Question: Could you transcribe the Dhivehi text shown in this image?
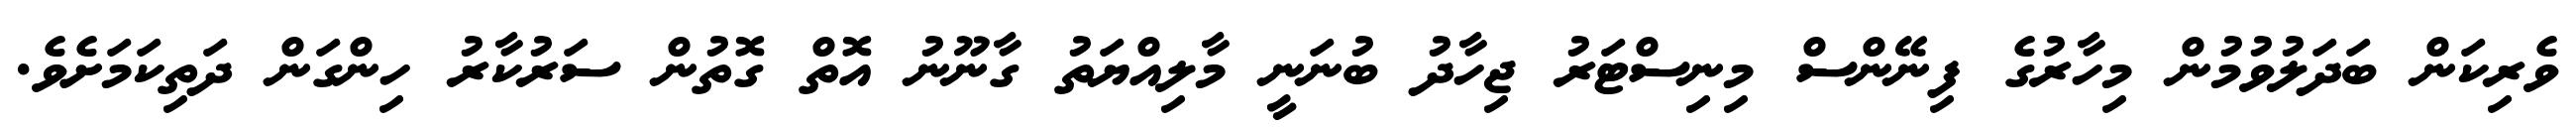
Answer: ވެރިކަން ބަދަލުވުމުން މިހާރުގެ ފިނޭންސް މިނިސްޓަރު ޖިހާދު ބުނަނީ މާލިއްޔަތު ގާނޫނު އޮތް ގޮތުން ސަރުކާރު ހިންގަން ދަތިކަމަށެވެ.